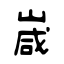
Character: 嵅